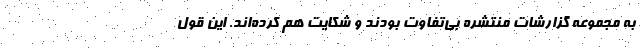
به مجموعه گزارشات منتشره بی‌تفاوت بودند و شکایت هم کرده‌اند. این قول